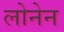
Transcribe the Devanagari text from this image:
लोनेन